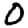
Digit: 0